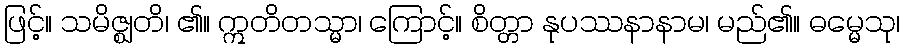
ဖြင့်။ သမိဇ္ဈတိ၊ ၏။ ဣတိတသ္မာ၊ ကြောင့်။ စိတ္တာ နုပဿနာနာမ၊ မည်၏။ ဓမ္မေသု၊